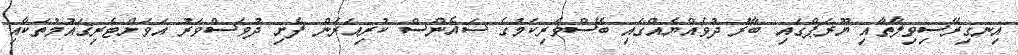
އިނގިރޭސިވިލާތާއި ޔޫރަޕްގައި ބާރު ދުވެއްޔެއްގައި ބޭސްވެރިކަމުގެ ސައެންސް ކުރިއަރަން ފެށި ދުވަސްވަރު އަވަށްޓެރިޤައުމުތަކާއި